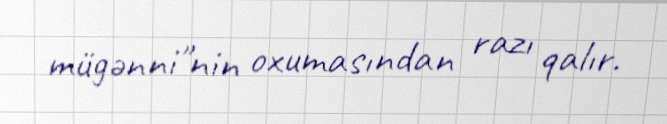
mügənni"nin oxumasından razı qalır.